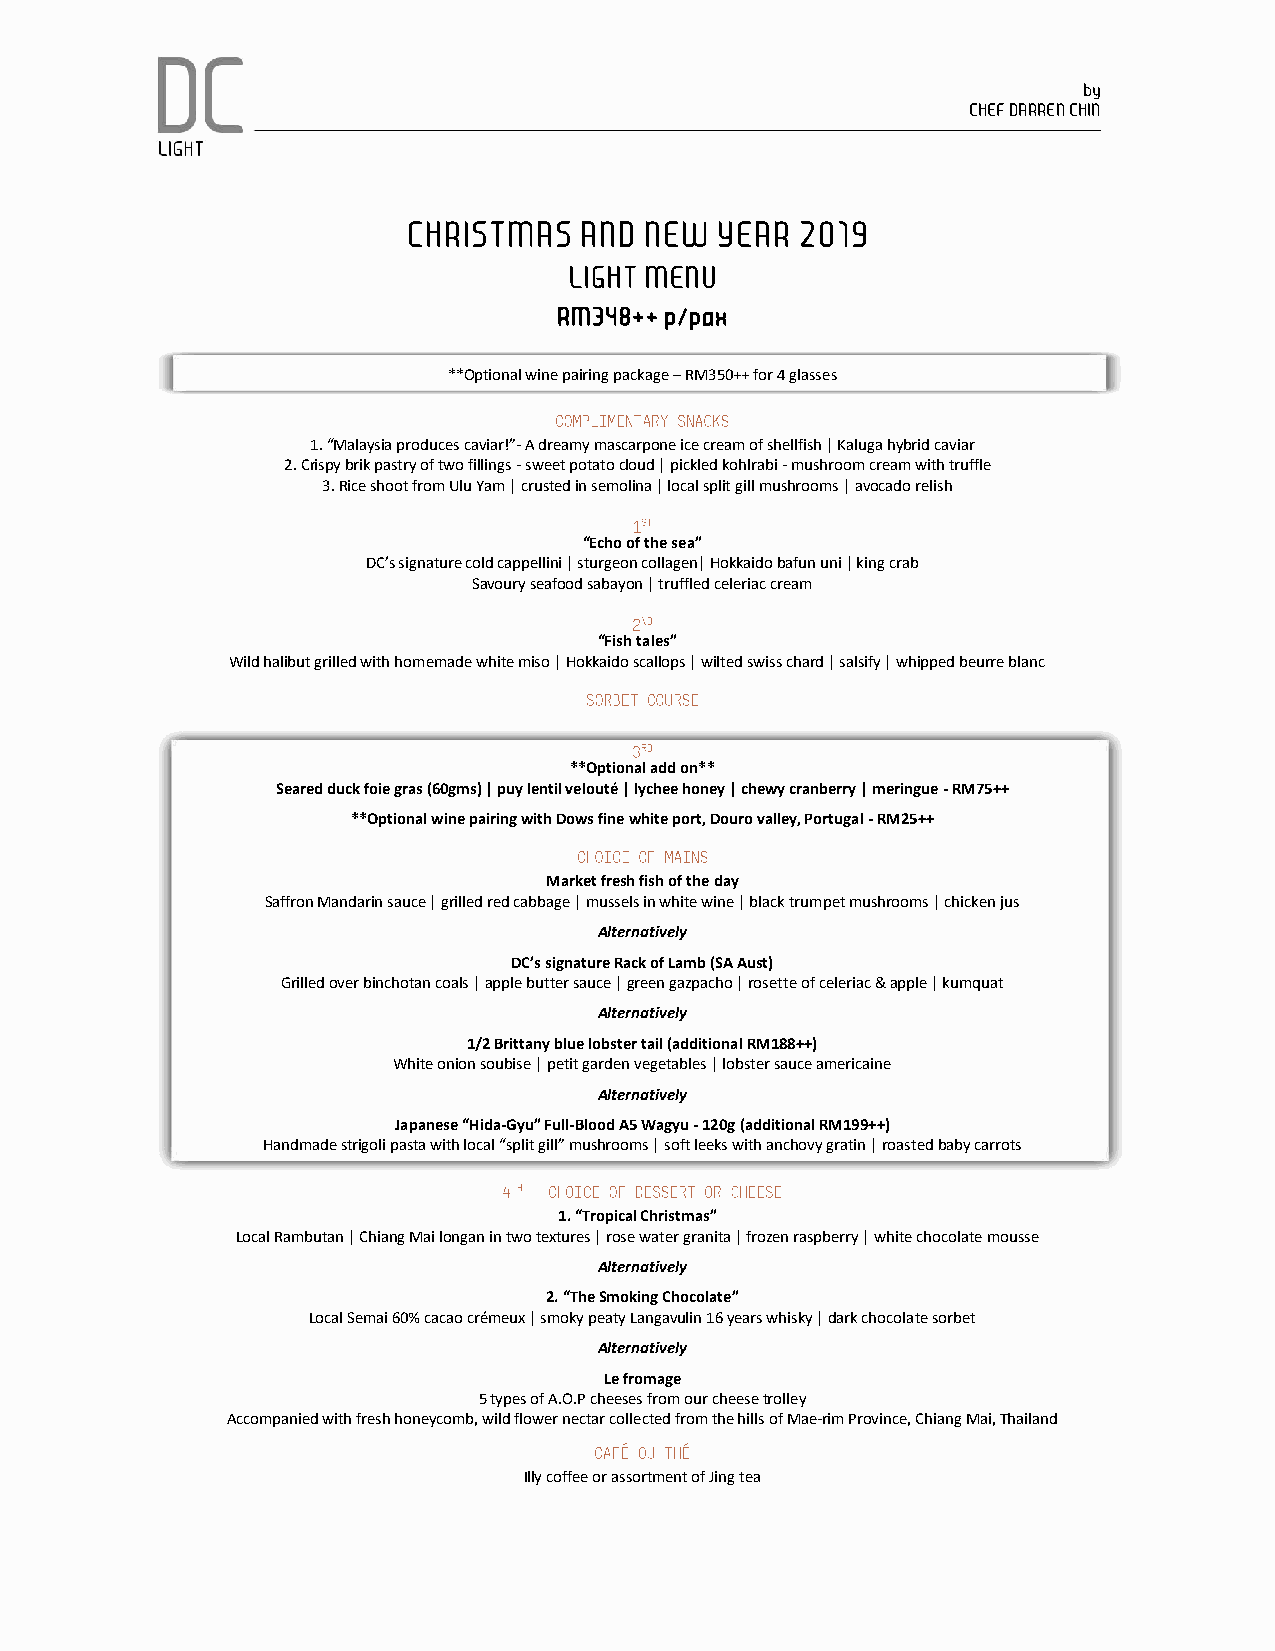
by
 CHEF DARREN CHIN
 CHRISTMAS  AND  NEW YEAR  2019
 LIGHT MENU
 RM348++ p/pax
 **Optional wine pairing package – RM350++ for 4 glasses
 1. “Malaysia produces caviar!”- A dreamy mascarpone ice cream of shellfish | Kaluga hybrid caviar
 2. Crispy brik pastry of two fillings - sweet potato cloud | pickled kohlrabi - mushroom cream with truffle
 3. Rice shoot from Ulu Yam | crusted in semolina | local split gill mushrooms | avocado relish
 “Echo of the sea”
 DC’s signature cold cappellini | sturgeon collagen| Hokkaido bafun uni | king crab
 Savoury seafood sabayon | truffled celeriac cream
 “Fish tales”
 Wild halibut grilled with homemade white miso | Hokkaido scallops | wilted swiss chard | salsify | whipped beurre blanc
 **Optional add on**
 Seared duck foie gras (60gms) | puy lentil velouté | lychee honey | chewy cranberry | meringue - RM75++
 **Optional wine pairing with Dows fine white port, Douro valley, Portugal - RM25++
 Market fresh fish of the day
 Saffron Mandarin sauce | grilled red cabbage | mussels in white wine | black trumpet mushrooms | chicken jus
 Alternatively
 DC’s signature Rack of Lamb (SA Aust)
 Grilled over binchotan coals | apple butter sauce | green gazpacho | rosette of celeriac & apple | kumquat
 Alternatively
 1/2 Brittany blue lobster tail (additional RM188++)
 White onion soubise | petit garden vegetables | lobster sauce americaine
 Alternatively
 Japanese “Hida-Gyu” Full-Blood A5 Wagyu - 120g (additional RM199++)
 Handmade strigoli pasta with local “split gill” mushrooms | soft leeks with anchovy gratin | roasted baby carrots
 1. “Tropical Christmas”
 Local Rambutan | Chiang Mai longan in two textures | rose water granita | frozen raspberry | white chocolate mousse
 Alternatively
 2. “The Smoking Chocolate”
 Local Semai 60% cacao crémeux | smoky peaty Langavulin 16 years whisky | dark chocolate sorbet
 Alternatively
 Le fromage
 5 types of A.O.P cheeses from our cheese trolley
 Accompanied with fresh honeycomb, wild flower nectar collected from the hills of Mae-rim Province, Chiang Mai, Thailand
 Illy coffee or assortment of Jing tea